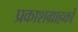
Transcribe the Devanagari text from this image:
प्रकाशग्राहकों